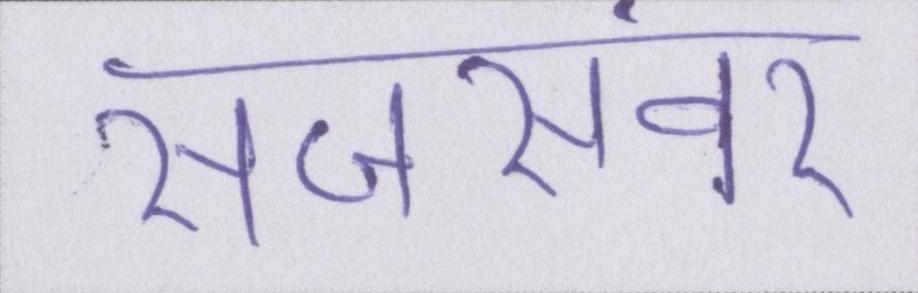
सजसंवर